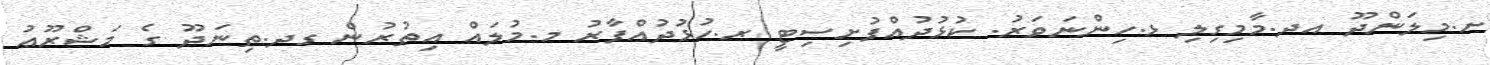
ށ.މިލަންދޫ އދ.މާމިގިލި ޅ.ހިންނަވަރު. ކުޅުދުއްފުށިސިޓީ ރ.ހުޅުދުއްފާރު މ.މުލައް އިތުރުން ގދ.ތިނަދޫ ގެ މަޝްރޫޢު